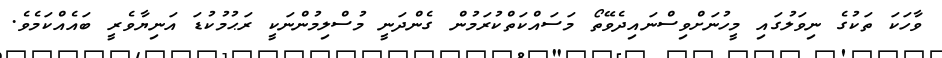
ވާހަކަ ތަކުގެ ނިވަލުގައި މީހުނަށްވިސްނައިދެވޭތޯ މަސައްކަތްކުރަމުން ގެންދަނީ މުސްލިމުންނަކީ ރަޙުމުކުޑަ އަނިޔާވެރީ ބައެއްކަމެވެ.